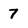
Character: 7